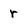
Character: r